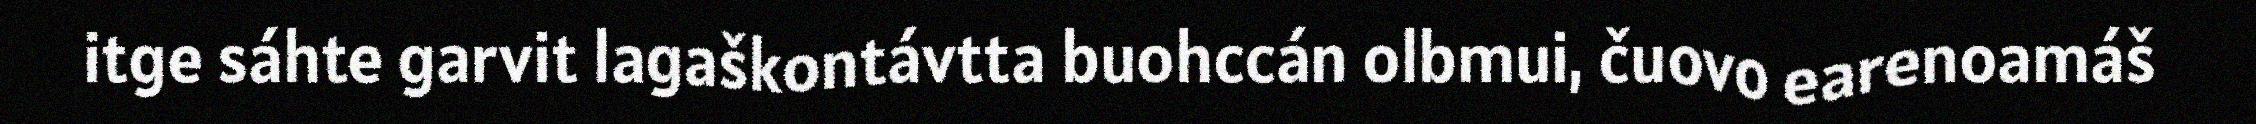
itge sáhte garvit lagaškontávtta buohccán olbmui, čuovo earenoamáš